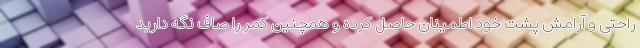
راحتی و آرامش پشت خود اطمینان حاصل کرده و همچنین کمر را صاف نگه دارید